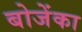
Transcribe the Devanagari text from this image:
बोजेंका